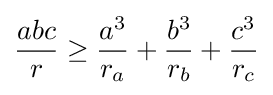
{\frac {abc}{r}}\geq {\frac {a^{3}}{r_{a}}}+{\frac {b^{3}}{r_{b}}}+{\frac {c^{3}}{r_{c}}}